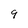
Character: 9